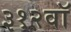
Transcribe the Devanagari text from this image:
३१२वॉ